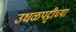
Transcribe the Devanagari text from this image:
उधळपट्टीच्या